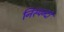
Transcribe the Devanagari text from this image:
निस्पन्दों